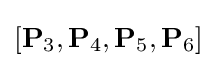
[\mathbf {P} _{3},\mathbf {P} _{4},\mathbf {P} _{5},\mathbf {P} _{6}]